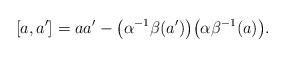
LaTeX: \begin{gather*}[ a,a^{\prime }] =aa^{\prime }-\big(\alpha ^{-1}\beta (a^{\prime } )\big)\big(\alpha \beta ^{-1}(a)\big) .\end{gather*}